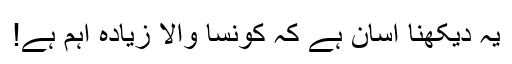
یہ دیکھنا آسان ہے کہ کونسا والا زیادہ اہم ہے!